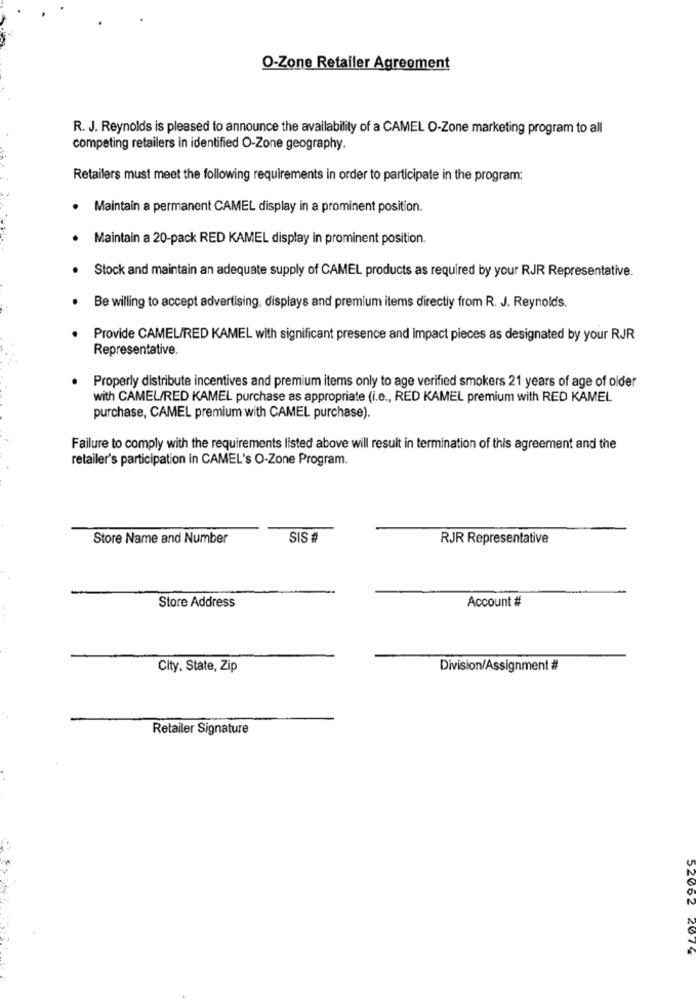
O-Zone Retailer Agreement
R. J. Reynolds is pleased to announce the availability of a CAMEL O-Zone marketing program to all
competing retailers in identified O-Zone geography.
Retailers must meet the following requirements in order to participate in the program:
Maintain a permanent CAMEL display in a prominent position.
Maintain a 20-pack RED KAMEL display in prominent position.
Stock and maintain an adequate supply of CAMEL products as required by your RJR Representative.
Be willing to accept advertising, displays and premium items directly from R. J. Reynolds.
Provide CAMEL/RED KAMEL with significant presence and impact pieces as designated by your RJR
Representative.
Properly distribute incentives and premium items only to age verified smokers 21 years of age of older
with CAMEL/RED KAMEL purchase as appropriate (i.e ., RED KAMEL premium with RED KAMEL
purchase, CAMEL premium with CAMEL purchase).
Failure to comply with the requirements listed above will result in termination of this agreement and the
retailer's participation in CAMEL's O-Zone Program.
Store Name and Number
SIS #
RJR Representative
Account #
Store Address
City, State, Zip
Division/Assignment #
Retailer Signature
52062
2074